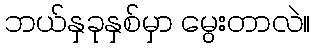
ဘယ်နှခုနှစ်မှာ မွေးတာလဲ။